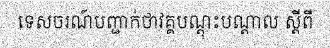
ទេសចរណ៍បញ្ជាក់ថាវគ្គបណ្តុះបណ្តាល ស្តីពី